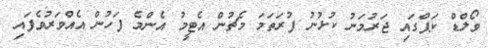
ވޯލްޑް ކަޕްގައި ޖަރުމަނު ކުޅުނު ފުރަތަމަ މެޗުން އެޓީމު އެންމެ ފަހުން އެއްވަރުވެފައި